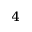
_ 4